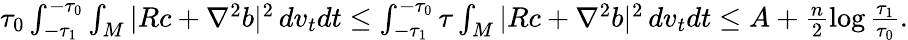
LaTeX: \begin{array}{r}{\tau_{0}\int_{-\tau_{1}}^{-\tau_{0}}\int_{M}|Rc+\nabla^{2}b|^{2}\, dv_{t}dt\le\int_{-\tau_{1}}^{-\tau_{0}}\tau\int_{M}|Rc+\nabla^{2}b|^{2}\, dv_{t}dt\le A+\frac{n}{2}\log\frac{\tau_{1}}{\tau_{0}}.}\end{array}